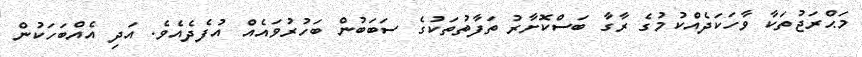
މަޙްރަޖުތަކާ ވާހަކަދެއްކުމުގެ ރާގާ ބަސްކޮށާރު ތަފާތުތަކުގެ ސަބަބުން ބަހުރުވައެއް އުފެދެއެވެ. އަދި އެއްބަހަކުން